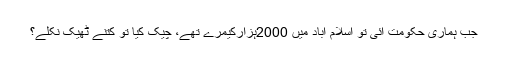
﻿ جب ہماری حکومت آئی تو اسلام آباد میں 2000ہزارکیمرے تھے، چیک کیا تو کتنے ٹھیک نکلے؟